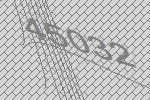
45032